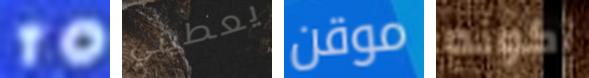
TO يعطيني موقن أكونه